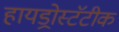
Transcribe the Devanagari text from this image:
हायड्रोस्टॅटीक